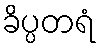
ခိပ္ပတရံ